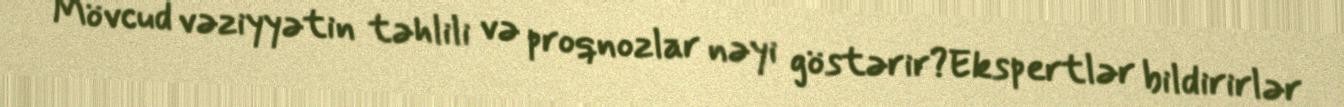
Mövcud vəziyyətin təhlili və proqnozlar nəyi göstərir?Ekspertlər bildirirlər